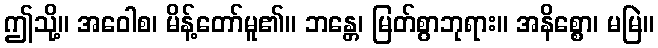
ဤသို့။ အဝေါစ၊ မိန့်တော်မူ၏။ ဘန္တေ၊ မြတ်စွာဘုရား။ အနိစ္စော၊ မမြဲ။